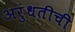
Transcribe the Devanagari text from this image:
अरुंधतीची